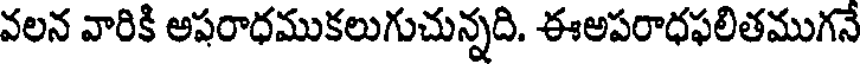
వలన వారికి అపరాధముకలుగుచున్నది. ఈఅపరాధఫలితముగనే